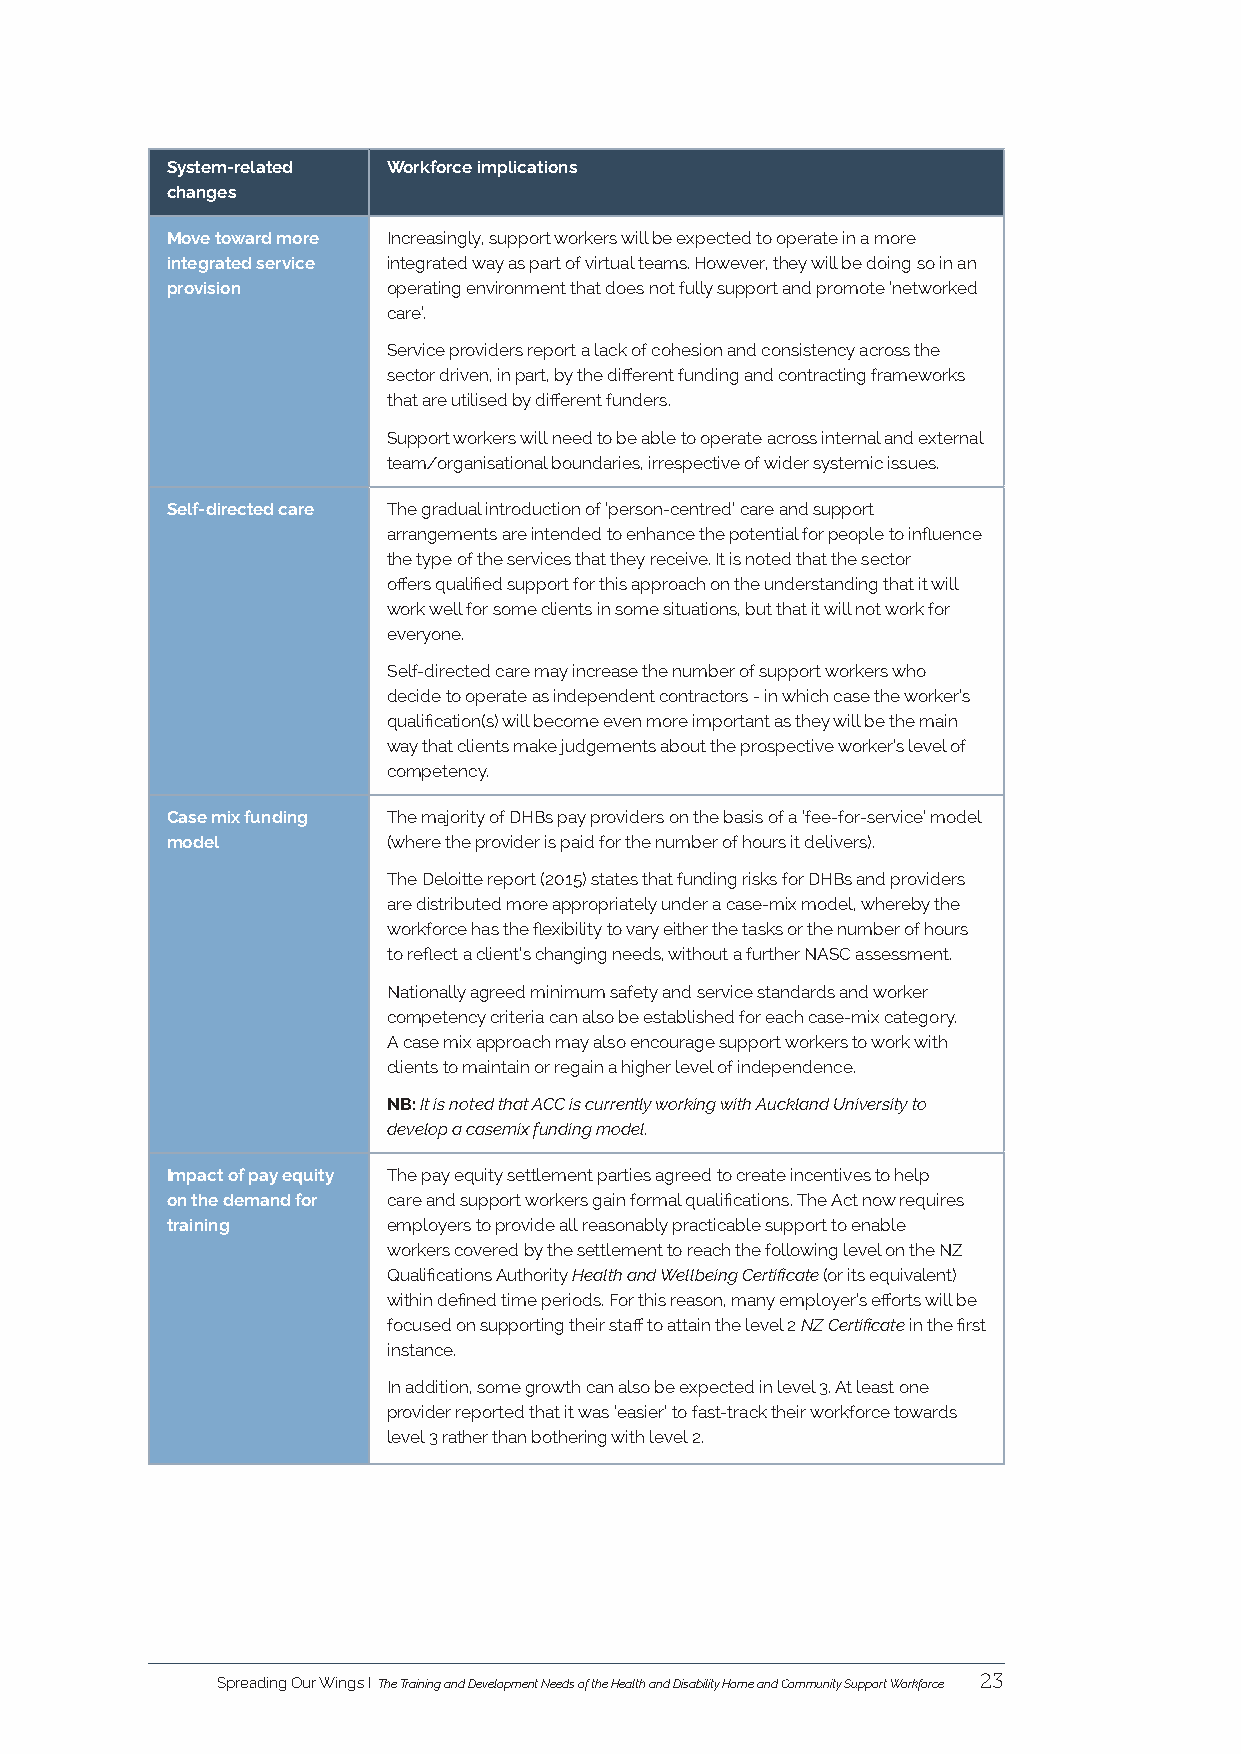
System-related Workforce implications
 changes
 Move toward more Increasingly, support workers will be expected to operate in a more
 integrated service integrated way as part of virtual teams. However, they will be doing so in an
 provision      operating environment that does not fully support and promote ‘networked
 care’.
 Service providers report a lack of cohesion and consistency across the
 sector driven, in part, by the different funding and contracting frameworks
 that are utilised by different funders.
 Support workers will need to be able to operate across internal and external
 team/organisational boundaries, irrespective of wider systemic issues.
 Self-directed care The gradual introduction of ‘person-centred’ care and support
 arrangements are intended to enhance the potential for people to influence
 the type of the services that they receive. It is noted that the sector
 offers qualified support for this approach on the understanding that it will
 work well for some clients in some situations, but that it will not work for
 everyone.
 Self-directed care may increase the number of support workers who
 decide to operate as independent contractors - in which case the worker’s
 qualification(s) will become even more important as they will be the main
 way that clients make judgements about the prospective worker’s level of
 competency.
 Case mix funding The majority of DHBs pay providers on the basis of a ‘fee-for-service’ model
 model          (where the provider is paid for the number of hours it delivers).
 The Deloitte report (2015) states that funding risks for DHBs and providers
 are distributed more appropriately under a case-mix model, whereby the
 workforce has the flexibility to vary either the tasks or the number of hours
 to reflect a client’s changing needs, without a further NASC assessment.
 Nationally agreed minimum safety and service standards and worker
 competency criteria can also be established for each case-mix category.
 A case mix approach may also encourage support workers to work with
 clients to maintain or regain a higher level of independence.
 NB: It is noted that ACC is currently working with Auckland University to
 develop a casemix funding model.
 Impact of pay equity The pay equity settlement parties agreed to create incentives to help
 on the demand for care and support workers gain formal qualifications. The Act now requires
 training       employers to provide all reasonably practicable support to enable
 workers covered by the settlement to reach the following level on the NZ
 Qualifications Authority Health and Wellbeing Certificate (or its equivalent)
 within defined time periods. For this reason, many employer’s efforts will be
 focused on supporting their staff to attain the level 2 NZ Certificate in the first
 instance.
 In addition, some growth can also be expected in level 3. At least one
 provider reported that it was ‘easier’ to fast-track their workforce towards
 level 3 rather than bothering with level 2.
 Spreading Our Wings I The Training and Development Needs of the Health and Disability Home and Community Support Workforce 23